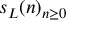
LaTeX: s _ { L } ( n ) _ { n \geq 0 }